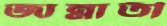
জান্নাতী